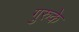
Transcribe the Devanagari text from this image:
गुरुके